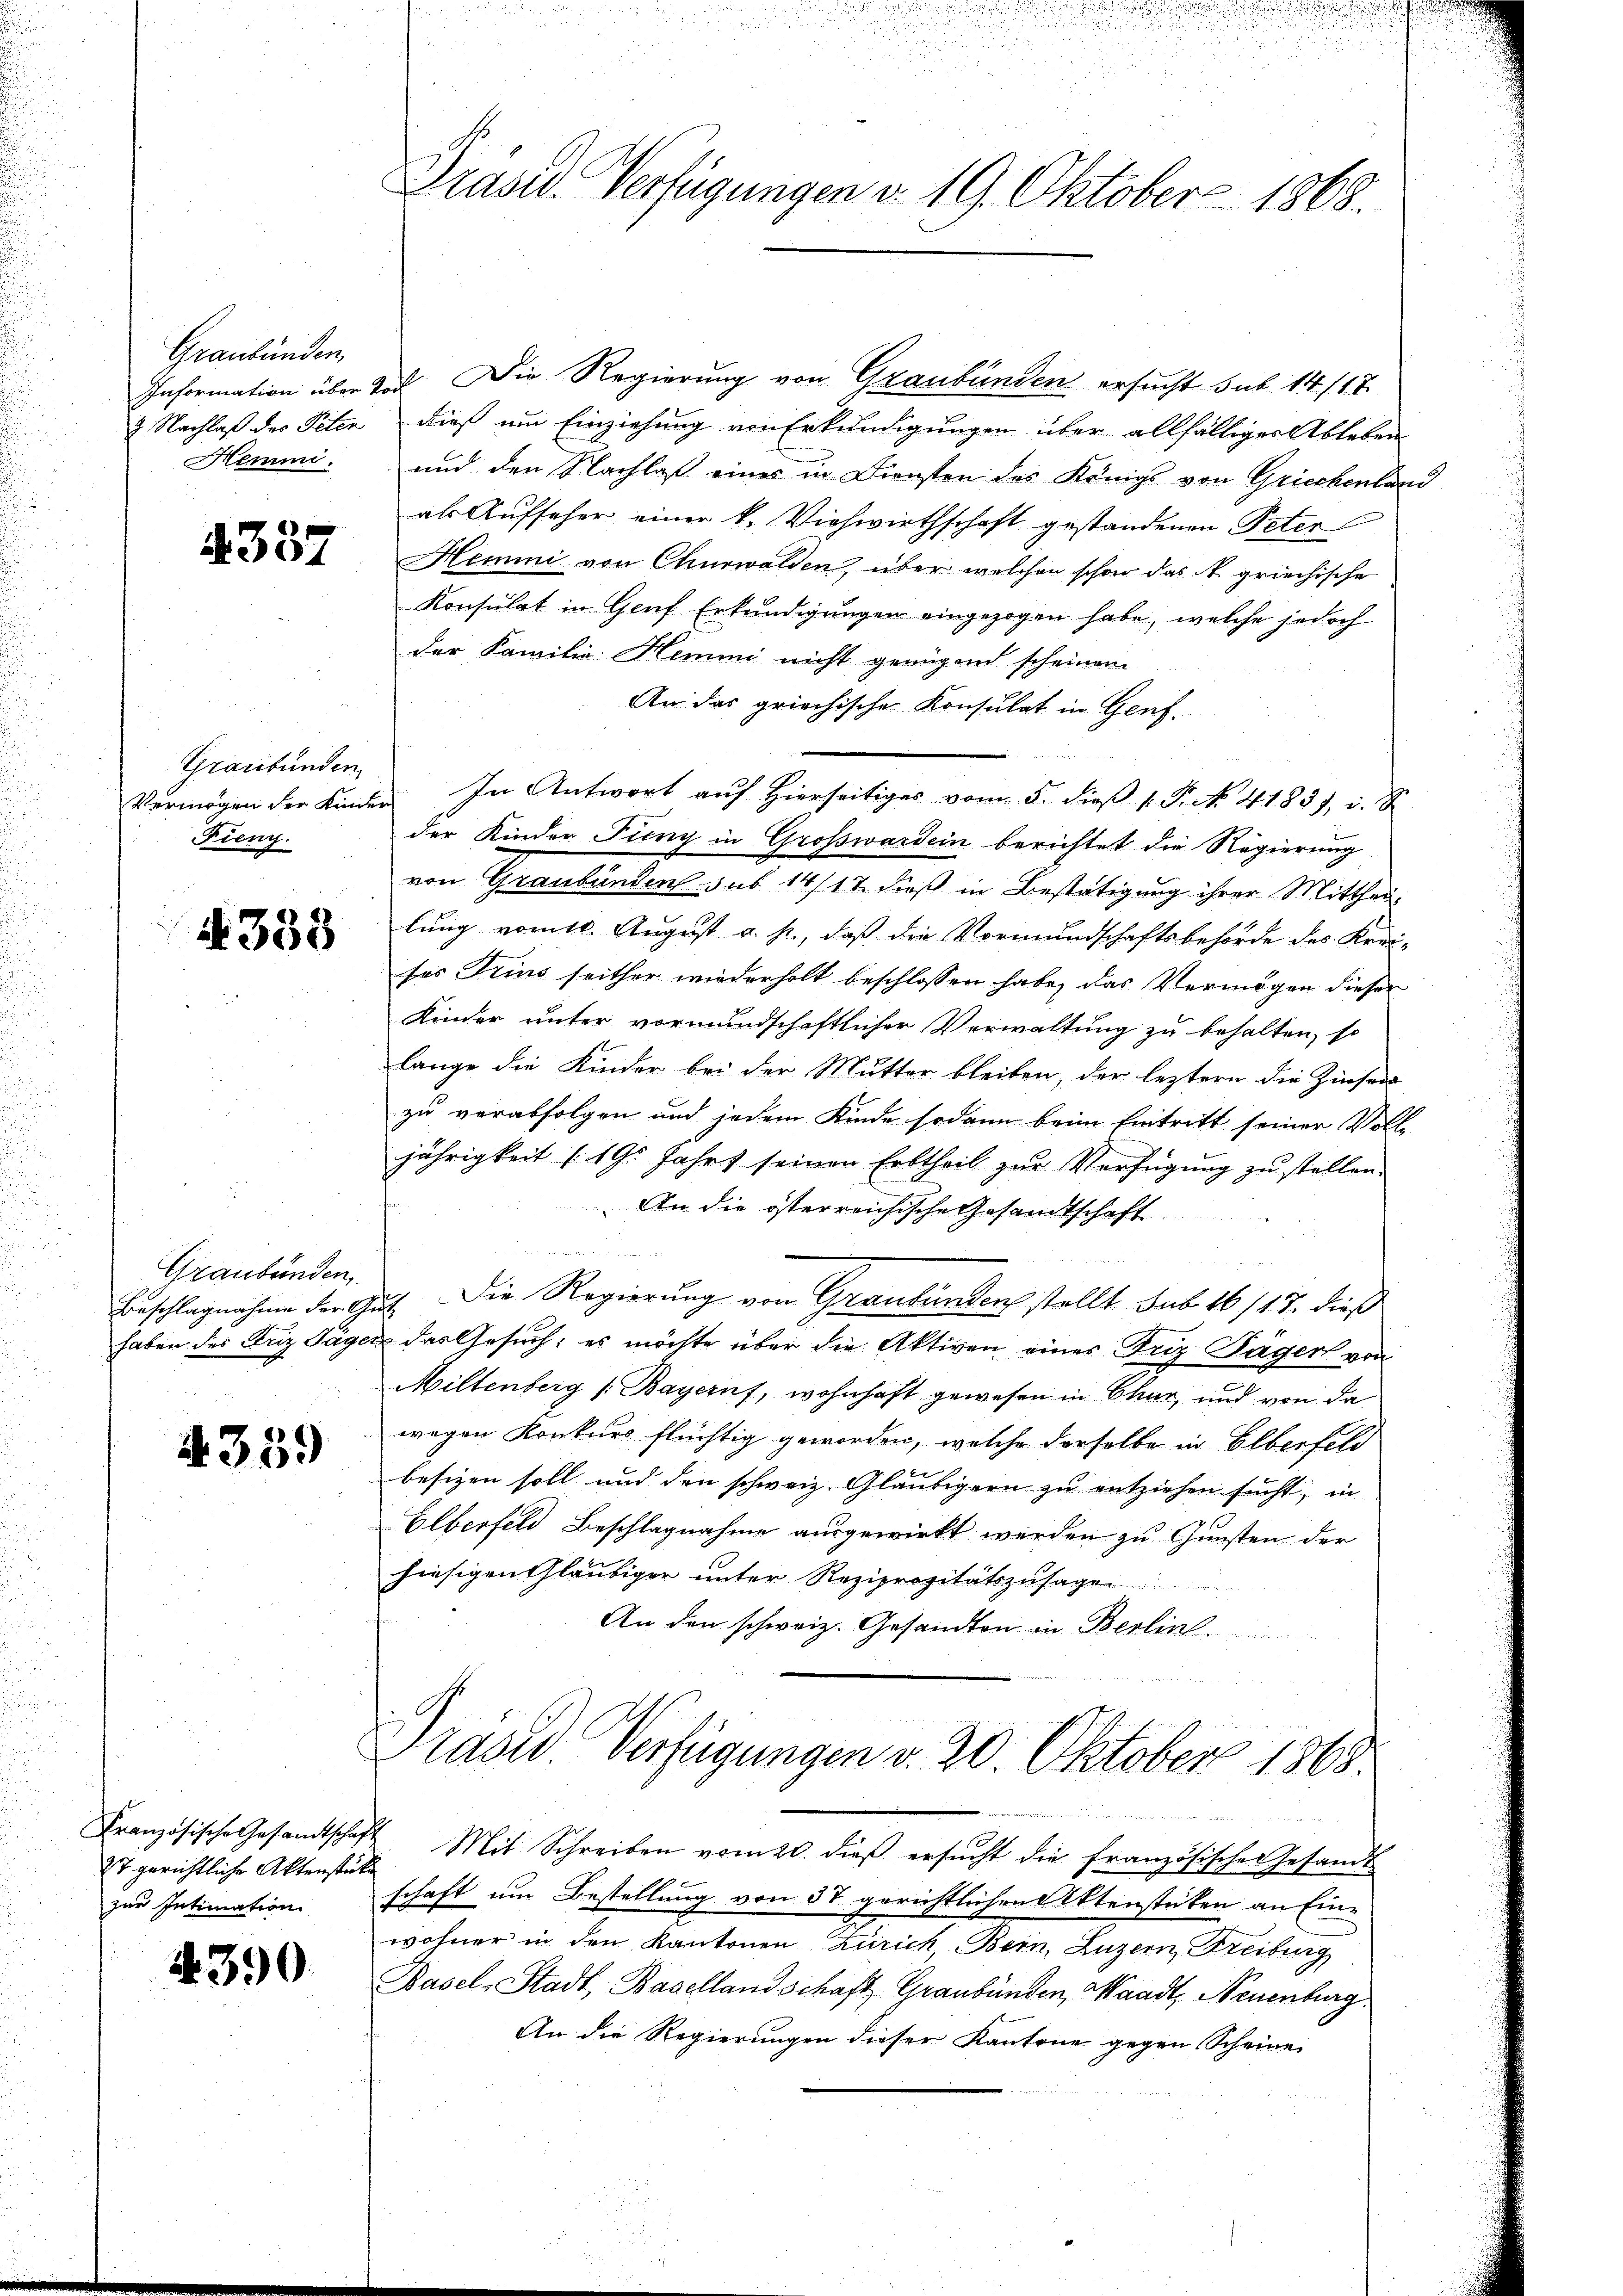
Graubünden,
9. Nachlaß der Peten
Hommi

4337

Graubünden
Fieny.

4338

Graubünden,

4359

Französische Gesandtschaf
27 gerichtliche Aktenstär
zur Intimation

4390

Präses Verfügungen d. 19. Oktober 1868.

Information über Tod. Die Regierung von Graubünden ersucht sub 14/17.
dieß um Einziehung von Erkundigungen über allfälliger Ableben
und den Nachlaß eines in Diensten des Königs von Griechenland
als Aufseher einer k. Viehwirthschaft gestandenen Peter
Hemmi von Churwalden, über welchen schon das A. griechische
Konsulat in Genf Erkundigungen eingezogen habe, welche jedoch
der Familie Hemmi nicht gerügend scheinen
An das griechische Konsulat in Genf.
Vermögen der Kinder. In Antwort aŭf hierseitiger vom 5. dieβ 1. P. N. 4183), i.
der Kinder Fieny in Großwardein berichtet die Regierung
von Graubünden sub 14/17 dieß in Bestätigung ihrer Mittheilung vom 11. August a. p., daß die Vormundschaftsbehörde des Krei-
ses Trins seither wiederholt beschlossen habe, das Vermögen dieser
Kinder unter vormundschaftlicher Verwaltung zu behalten, so
lange die Kinder bei der Mutter bleiben, der leztern die Zinsens
zu verabfolgen und jedem Kinde sodann beim Eintritt seiner Voll
jährigkeit (19. Jahrt seinen Erbtheil zur Verfügung zu stellen.
An die österreichische Gesandtschaft
Beschlagnahme der Gut. Die Regierung von Graubünden stellt sub 16/17. dieß
haben des Friz Täger das Gesuch; es möchte über die Aktiven eines Friz Täger von
Miltenberg (Bayernf, wohnhaft gewesen in Chur, und von da
wegen Konkurs flüchtig geworden, welche derselbe in Elberfeld
besizen soll und den schweiz Gläubigern zu entziehen sucht, in
Elberfeld Beschlagnahme ausgewirkt werden zu Gunsten der
hiesigen Gläubiger unter Reziprozitätszusage
An den schweiz. Gesandten in Berlin

Präsid. Verfügungen v. 20. Oktober 1868.
e

7 Mit Schreiben vom 20. dieβ ersŭcht die französisches Gesandt
.
schaft um Bestellung von 37 gerichtlichen Aktenstüken an Einwohner in den Kantonen Zürich, Bern, Luzern, Freiburg
Basel-Stadt, Basellandschaft Graubünden, Waadt, Neuenburg
An die Regierungen dieser Kantone gegen Scheine